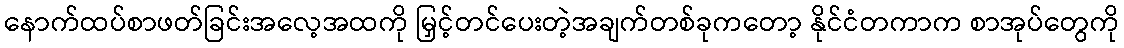
နောက်ထပ်စာဖတ်ခြင်းအလေ့အထကို မြှင့်တင်ပေးတဲ့အချက်တစ်ခုကတော့ နိုင်ငံတကာက စာအုပ်တွေကို